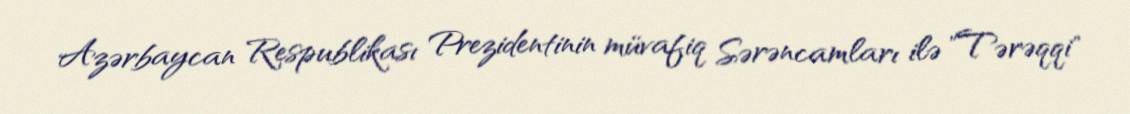
Azərbaycan Respublikası Prezidentinin müvafiq Sərəncamları ilə "Tərəqqi"